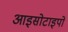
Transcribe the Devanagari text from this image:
आइसोटाइपों